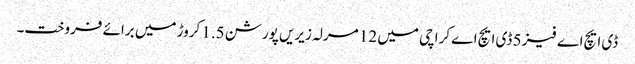
ڈی ایچ اے فیز 5 ڈی ایچ اے کراچی میں 12 مرلہ زیریں پورشن 1.5 کروڑ میں برائے فروخت۔